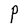
Character: P